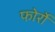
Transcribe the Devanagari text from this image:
फोर्रो